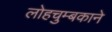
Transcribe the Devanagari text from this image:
लोहचुम्बकाने